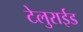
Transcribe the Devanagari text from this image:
टेलुराईड